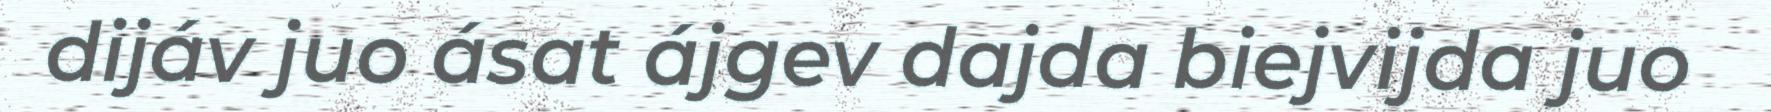
dijáv juo ásat ájgev dajda biejvijda juo